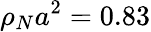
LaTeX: \rho_{N}a^{2}=0.83